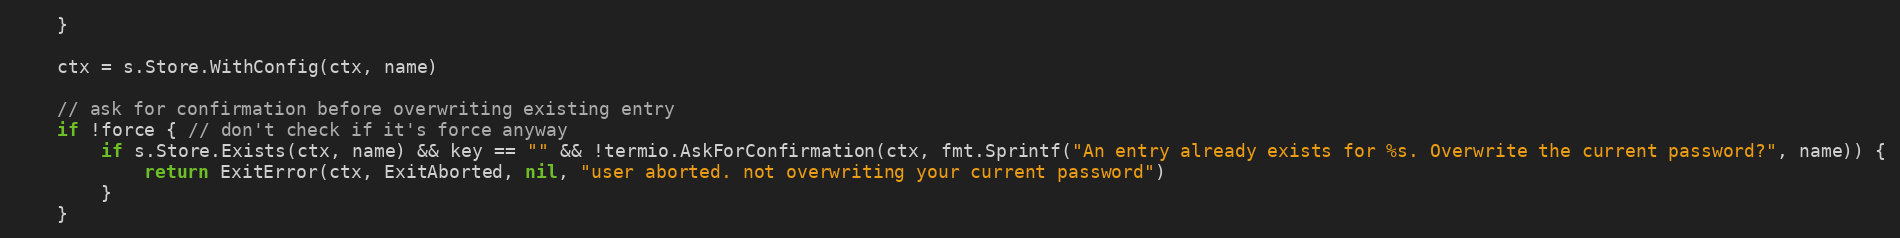
Language: Go
	}

	ctx = s.Store.WithConfig(ctx, name)

	// ask for confirmation before overwriting existing entry
	if !force { // don't check if it's force anyway
		if s.Store.Exists(ctx, name) && key == "" && !termio.AskForConfirmation(ctx, fmt.Sprintf("An entry already exists for %s. Overwrite the current password?", name)) {
			return ExitError(ctx, ExitAborted, nil, "user aborted. not overwriting your current password")
		}
	}